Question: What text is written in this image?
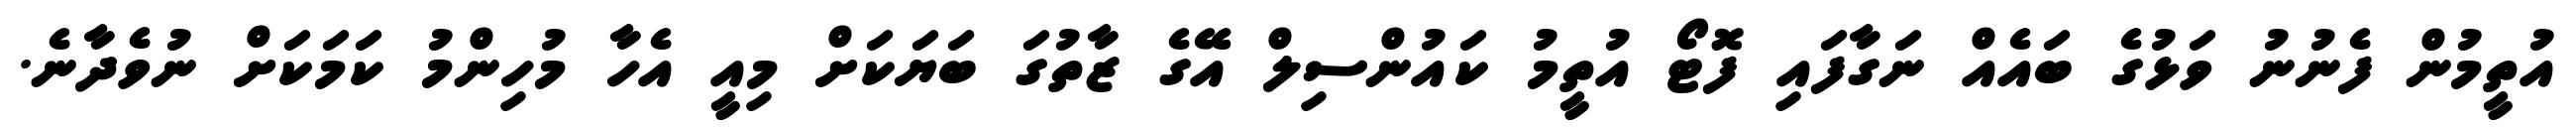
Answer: އުތީމުން ފެނުނު ވަޅުގެ ބައެއް ނަގާފައި ފޮޓޯ އުތީމު ކައުންސިލް އޭގެ ޒާތުގަ ބަޔަކަށް މިއީ އެހާ މުހިންމު ކަމަކަށް ނުވެދާނެ.